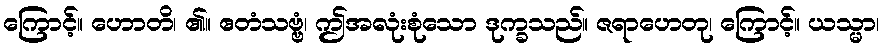
ကြောင့်။ ဟောတိ၊ ၏။ ဧတံသဗ္ဗံ၊ ဤအလုံးစုံသော ဒုက္ခသည်။ ဇရာဟေတု၊ ကြောင့်။ ယသ္မာ၊